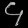
Digit: ၄